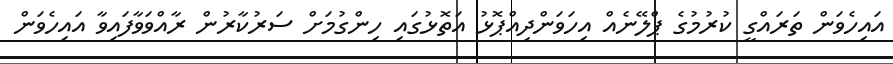
އައިހެވަން ތަރައްގީ ކުރުމުގެ ޕްލޭނެއް އިހަވަންދިއްޕޮޅު އަތޮޅުގައި ހިންގުމަށް ސަރުކާރުން ރާއްވަވާފައިވާ އައިހެވަން